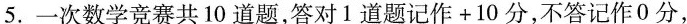
⒌. 一次数学竞赛共10道题，答对1道题记作+10分，不答记作0分，